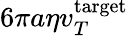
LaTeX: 6\pi a\eta v_{T}^{\mathrm{target}}